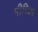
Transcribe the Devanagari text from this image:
मीरिआ